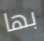
بها